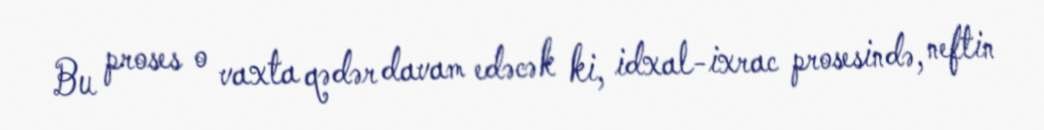
Bu proses o vaxta qədər davam edəcək ki, idxal-ixrac prosesində, neftin